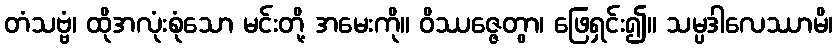
တံသဗ္ဗံ၊ ထိုအလုံးစုံသော မင်းတို့ အမေးကို။ ဝိဿဇ္ဇေတွာ၊ ဖြေရှင်း၍။ သမ္ပဒါလေဿာမိ၊